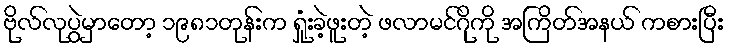
ဗိုလ်လုပွဲမှာတော့ ၁၉၈၁တုန်းက ရှုံးခဲ့ဖူးတဲ့ ဖလာမင်ဂိုကို အကြိတ်အနယ် ကစားပြီး